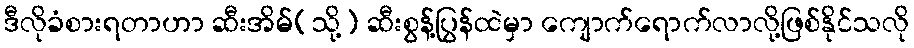
ဒီလိုခံစားရတာဟာ ဆီးအိမ်(သို့) ဆီးစွန့်ပြွန်ထဲမှာ ကျောက်ရောက်လာလို့ဖြစ်နိုင်သလို